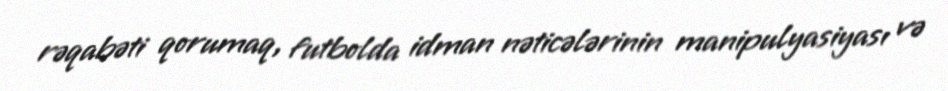
rəqabəti qorumaq, futbolda idman nəticələrinin manipulyasiyası və